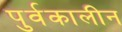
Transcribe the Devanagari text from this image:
पुर्वकालीन